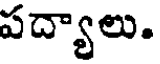
పద్యాలు.